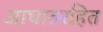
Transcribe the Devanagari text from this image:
आघातरहित